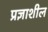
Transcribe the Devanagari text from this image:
प्रज्ञाशील